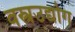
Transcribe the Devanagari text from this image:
वस्त्रउद्योग